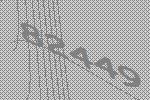
82449